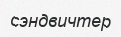
сэндвичтер